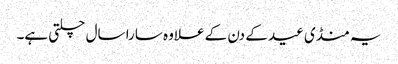
یہ منڈی عید کے دن کے علاوہ سارا سال چلتی ہے۔